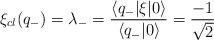
LaTeX: \begin{align*}\xi_{cl}(q_-)=\lambda_-=\frac{\langle q_-|\xi|0 \rangle}{\langle q_-|0 \rangle}=\frac{-1}{\sqrt{2}}\end{align*}